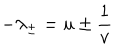
- \lambda _ { \pm } = u \pm \frac { 1 } { v }